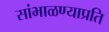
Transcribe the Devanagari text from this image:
सांभाळण्याप्रति